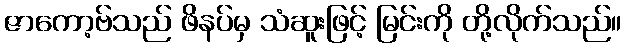
ဇာကော့ဗ်သည် ဖိနပ်မှ သံဆူးဖြင့် မြင်းကို တို့လိုက်သည်။